Annual statistical returns and brief notes on vaccination in Bengal - 1909-1929
Year: 1909
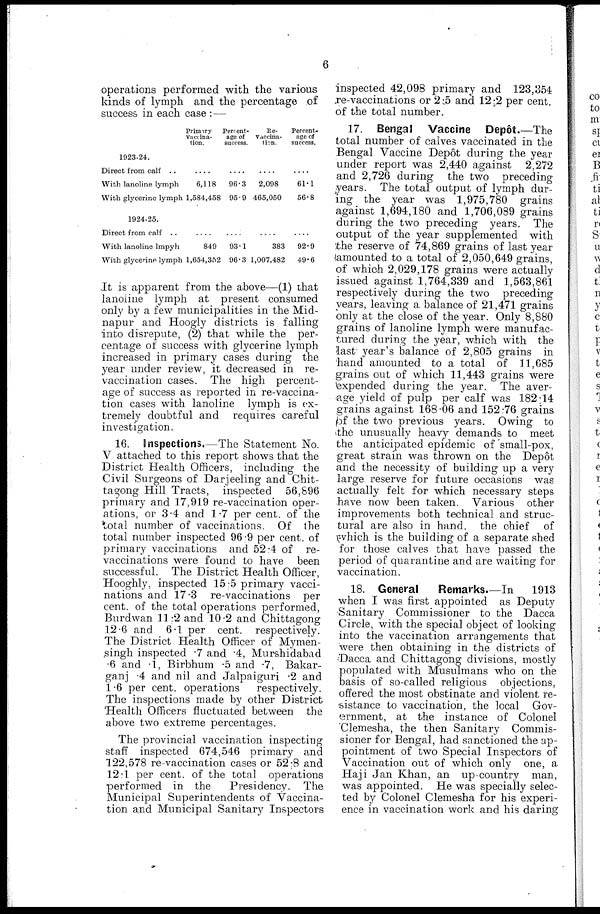
6
operations performed with the various
kinds of lymph and the percentage of
success in each case :—
1923-24.
Direct from calf
..
With lanoline lymph
With glycerine lymph
1924-25.
Direct from calf ..
With lanoline lmpyh
With glycerine lymph
Primary
vaccina-
tion.
....
6,118
1,584,458
....
849
1,654,352
Percent-
age of
success.
....
96.3
95.9
....
93.1
96.3
Re-
vaccina-
tion.
....
2,098
465,050
....
383
1,007,482
Percent-
age of
success.
....
61.1
56.8
....
92.9
49.6
It is apparent from the above—(1) that
lanoline lymph at present consumed
only by a few municipalities in the Mid-
napur and Hoogly districts is falling
into disrepute, (2) that while the per-
centage of success with glycerine lymph
increased in primary cases during the
year under review, it decreased in re-
vaccination cases. The high percent-
age of success as reported in re-vaccina-
tion cases with lanoline lymph is ex-
tremely doubtful and requires careful
investigation.
16. Inspections.—The Statement No.
V attached to this report shows that the
District Health Officers, including the
Civil Surgeons of Darjeeling and Chit-
tagong Hill Tracts, inspected 56,896
primary and 17,919 re-vaccination oper-
ations, or 3.4 and 1.7 per cent. of the
total number of vaccinations. Of the
total number inspected 96.9 per cent. of
primary vaccinations and 52.4 of re-
vaccinations were found to have been
successful. The District Health Officer,
Hooghly, inspected 15.5 primary vacci-
nations and 17.3 re-vaccinations per
cent. of the total operations performed,
Burdwan 11.2 and 10.2 and Chittagong
12.6 and 6.1 per cent. respectively.
The District Health Officer of Mymen-
singh inspected .7 and .4, Murshidabad
.6 and .1, Birbhum .5 and .7, Bakar-
ganj .4 and nil and Jalpaiguri .2 and
1.6 per cent. operations
respectively.
The inspections made by other District
Health Officers fluctuated between the
above two extreme percentages.
The provincial vaccination inspecting
staff inspected 674,546 primary and
122,578 re-vaccination cases or 52.8 and
12.1 per cent. of the total operations
performed in the
Presidency. The
Municipal Superintendents of Vaccina-
tion and Municipal Sanitary Inspectors
inspected 42,098 primary and 123,354
re-vaccinations or 2.5 and 12.2 per cent.
of the total number.
17. Bengal Vaccine Depôt.—The
total number of calves vaccinated in the
Bengal Vaccine Depôt during the year
under report was 2,440 against 2,272
and 2,726 during the two preceding
years. The total output of lymph dur-
ing the year was 1,975,780 grains
against 1,694,180 and 1,706,089 grains
during the two preceding years. The
output of the year supplemented with
the reserve of 74,869 grains of last year
amounted to a total of 2,050,649 grains,
of which 2,029,178 grains were actually
issued against 1,764,339 and 1,563,861
respectively during the two preceding
years, leaving a balance of 21,471 grains
only at the close of the year. Only 8,880
grains of lanoline lymph were manufac-
tured during the year, which with the
last year's balance of 2,805 grains in
hand amounted to a total of 11,685
grains out of which 11,443 grains were
expended during the year. The aver-
age yield of pulp per calf was 182.14
grains against 168.06 and 152.76 grains
of the two previous years. Owing to
the unusually heavy demands to meet
the anticipated epidemic of small-pox,
great strain was thrown on the Depôt
and the necessity of building up a very
large reserve for future occasions was
actually felt for which necessary steps
have now been taken. Various other
improvements both technical and struc-
tural are also in hand, the chief of
which is the building of a separate shed
for those calves that have passed the
period of quarantine and are waiting for
vaccination.
18. General
Remarks—In
1913
when I was first appointed as Deputy
Sanitary Commissioner to the Dacca
Circle, with the special object of looking
into the vaccination arrangements that
were then obtaining in the districts of
Dacca and Chittagong divisions, mostly
populated with Musulmans who on the
basis of so-called religious objections,
offered the most obstinate and violent re-
sistance to vaccination, the local Gov-
ernment, at the instance of Colonel
Clemesha, the then Sanitary Commis-
sioner for Bengal, had sanctioned the ap-
pointment of two Special Inspectors of
Vaccination out of which only one, a
Haji Jan Khan, an up-country man,
was appointed. He was specially selec-
ted by Colonel Clemesha for his experi-
ence in vaccination work and his daring